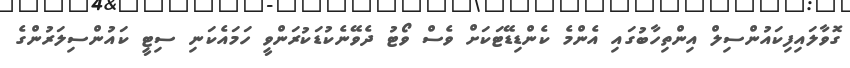
ގޮވާލައިފިކައުންސިލް އިންތިހާބުގައި އެންމެ ކެންޑިޑޭޓަކަށް ވެސް ވޯޓު ދެވޭނެކުޑަކުރަންވީ ހަމައެކަނި ސިޓީ ކައުންސިލަރުންގެ